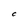
Character: C